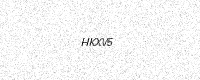
Text: HKXV5